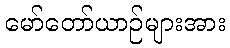
မော်တော်ယာဉ်များအား